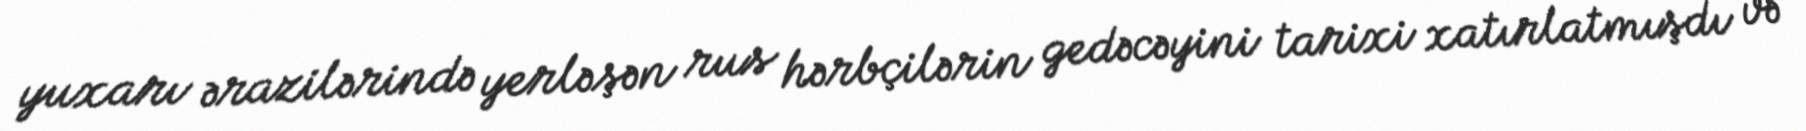
yuxarı ərazilərində yerləşən rus hərbçilərin gedəcəyini tarixi xatırlatmışdı və